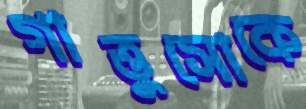
গাত্তুসোকে